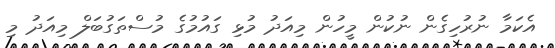
އެކަމާ ނުރުހިގެން ނުކުން މީހުން މިއަދު މުޅި ގައުމުގެ މުސްތަގުބަލް މިއަދު މި